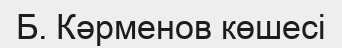
Б. Кәрменов көшесі